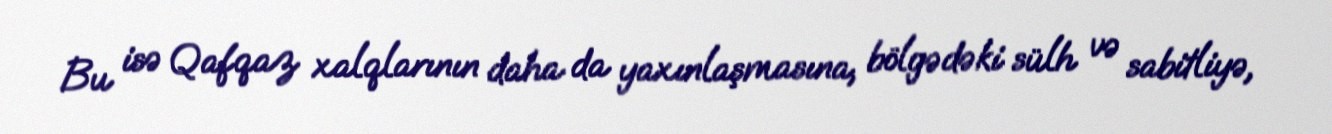
Bu isə Qafqaz xalqlarının daha da yaxınlaşmasına, bölgədəki sülh və sabitliyə,